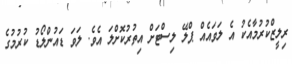
ރިލީޒްކުރުމާއެކު އެ ލަވައެއް ޕްލޭ ލިސްޓަށް އިތުރުކޮށްލަ އެވެ. ލަވަ ޑައުންލޯޑު ކުރުމުގެ